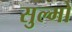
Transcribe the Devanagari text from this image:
सुल्मो